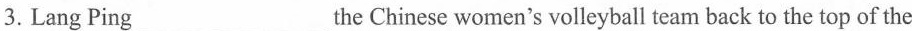
3.Lang Ping ___the Chinese women's volleyball team back to the top of the